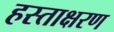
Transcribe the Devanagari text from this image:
हस्ताक्षरण